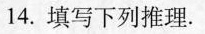
14.填写下列推理。